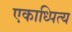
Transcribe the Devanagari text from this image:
एकाध्पित्य